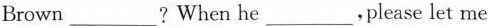
Brown ___ ? When he ___,please let me